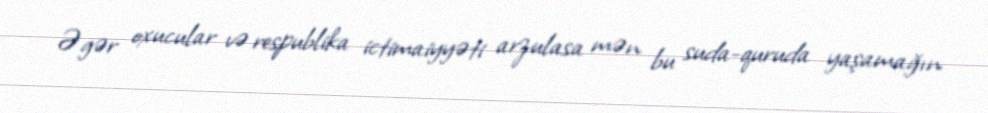
Əgər oxucular və respublika ictimaiyyəti arzulasa mən bu suda-quruda yaşamağın